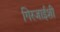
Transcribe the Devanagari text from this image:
गिरजाईशी